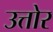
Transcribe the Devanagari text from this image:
उत्तोर